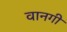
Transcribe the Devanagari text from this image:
वानगी